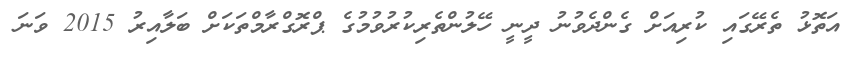
އަތޮޅު ތެރޭގައި ކުރިއަށް ގެންދެވުނު ދީނީ ހޭލުންތެރިކުރުވުމުގެ ޕްރޮގްރާމްތަކަށް ބަލާއިރު 2015 ވަނަ